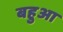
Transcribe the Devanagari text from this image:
बहुआ